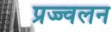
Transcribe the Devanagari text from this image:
प्रज्ज्वलन